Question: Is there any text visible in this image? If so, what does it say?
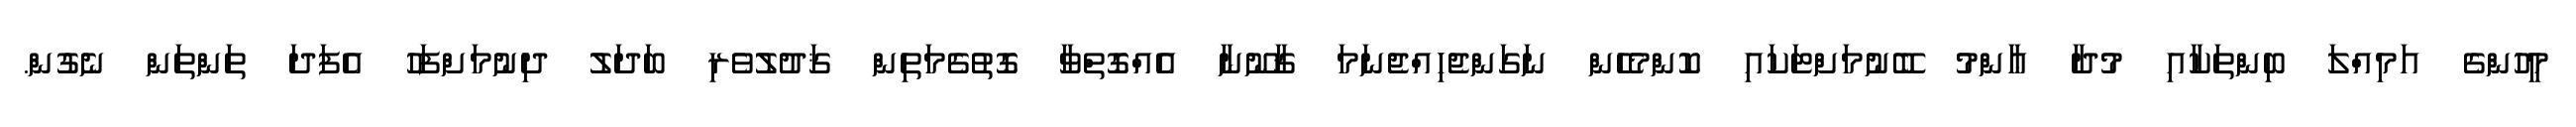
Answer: މީހުންގެ އަމިއްލަ ބިންތަކާއި މުދާ ޢާންމު ބޭނުމަށްޓަކައި ކޮންމެހެން ނަގަންޖެހިއްޖެނަމަ ޤާނޫނާ އެއްގޮތްވާ ގޮތުގެމަތިން ޤަދުލުވެރި ބަދަލު ދިނުމަށްފަހު އެފަދަ ތަންތަން ނެގުން.